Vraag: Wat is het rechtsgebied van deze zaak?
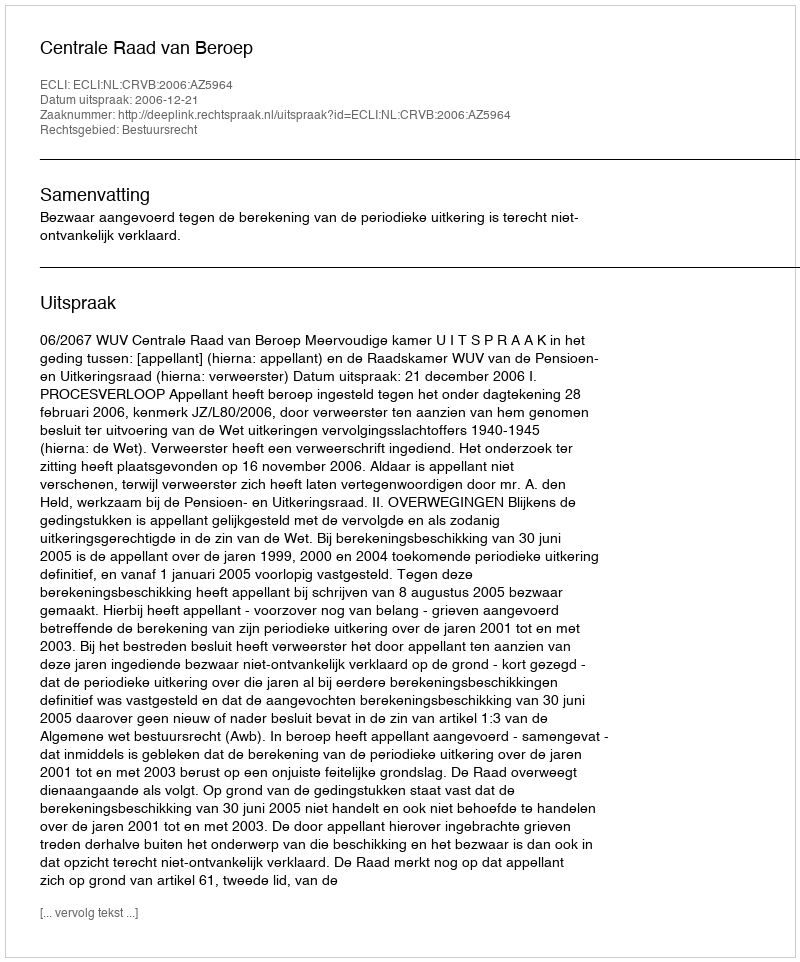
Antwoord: Bestuursrecht